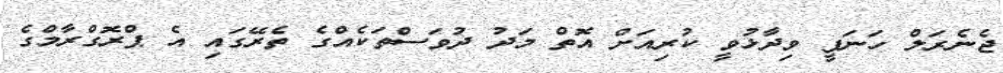
ޖެނެރަލް ހަނަފީ ވިދާޅުވީ ކުރިއަށް އޮތް މަދު ދުވަސްތަކެއްގެ ތެރޭގައި އެ ޕްރޮގްރާމްގެ